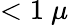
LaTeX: <1~\mu